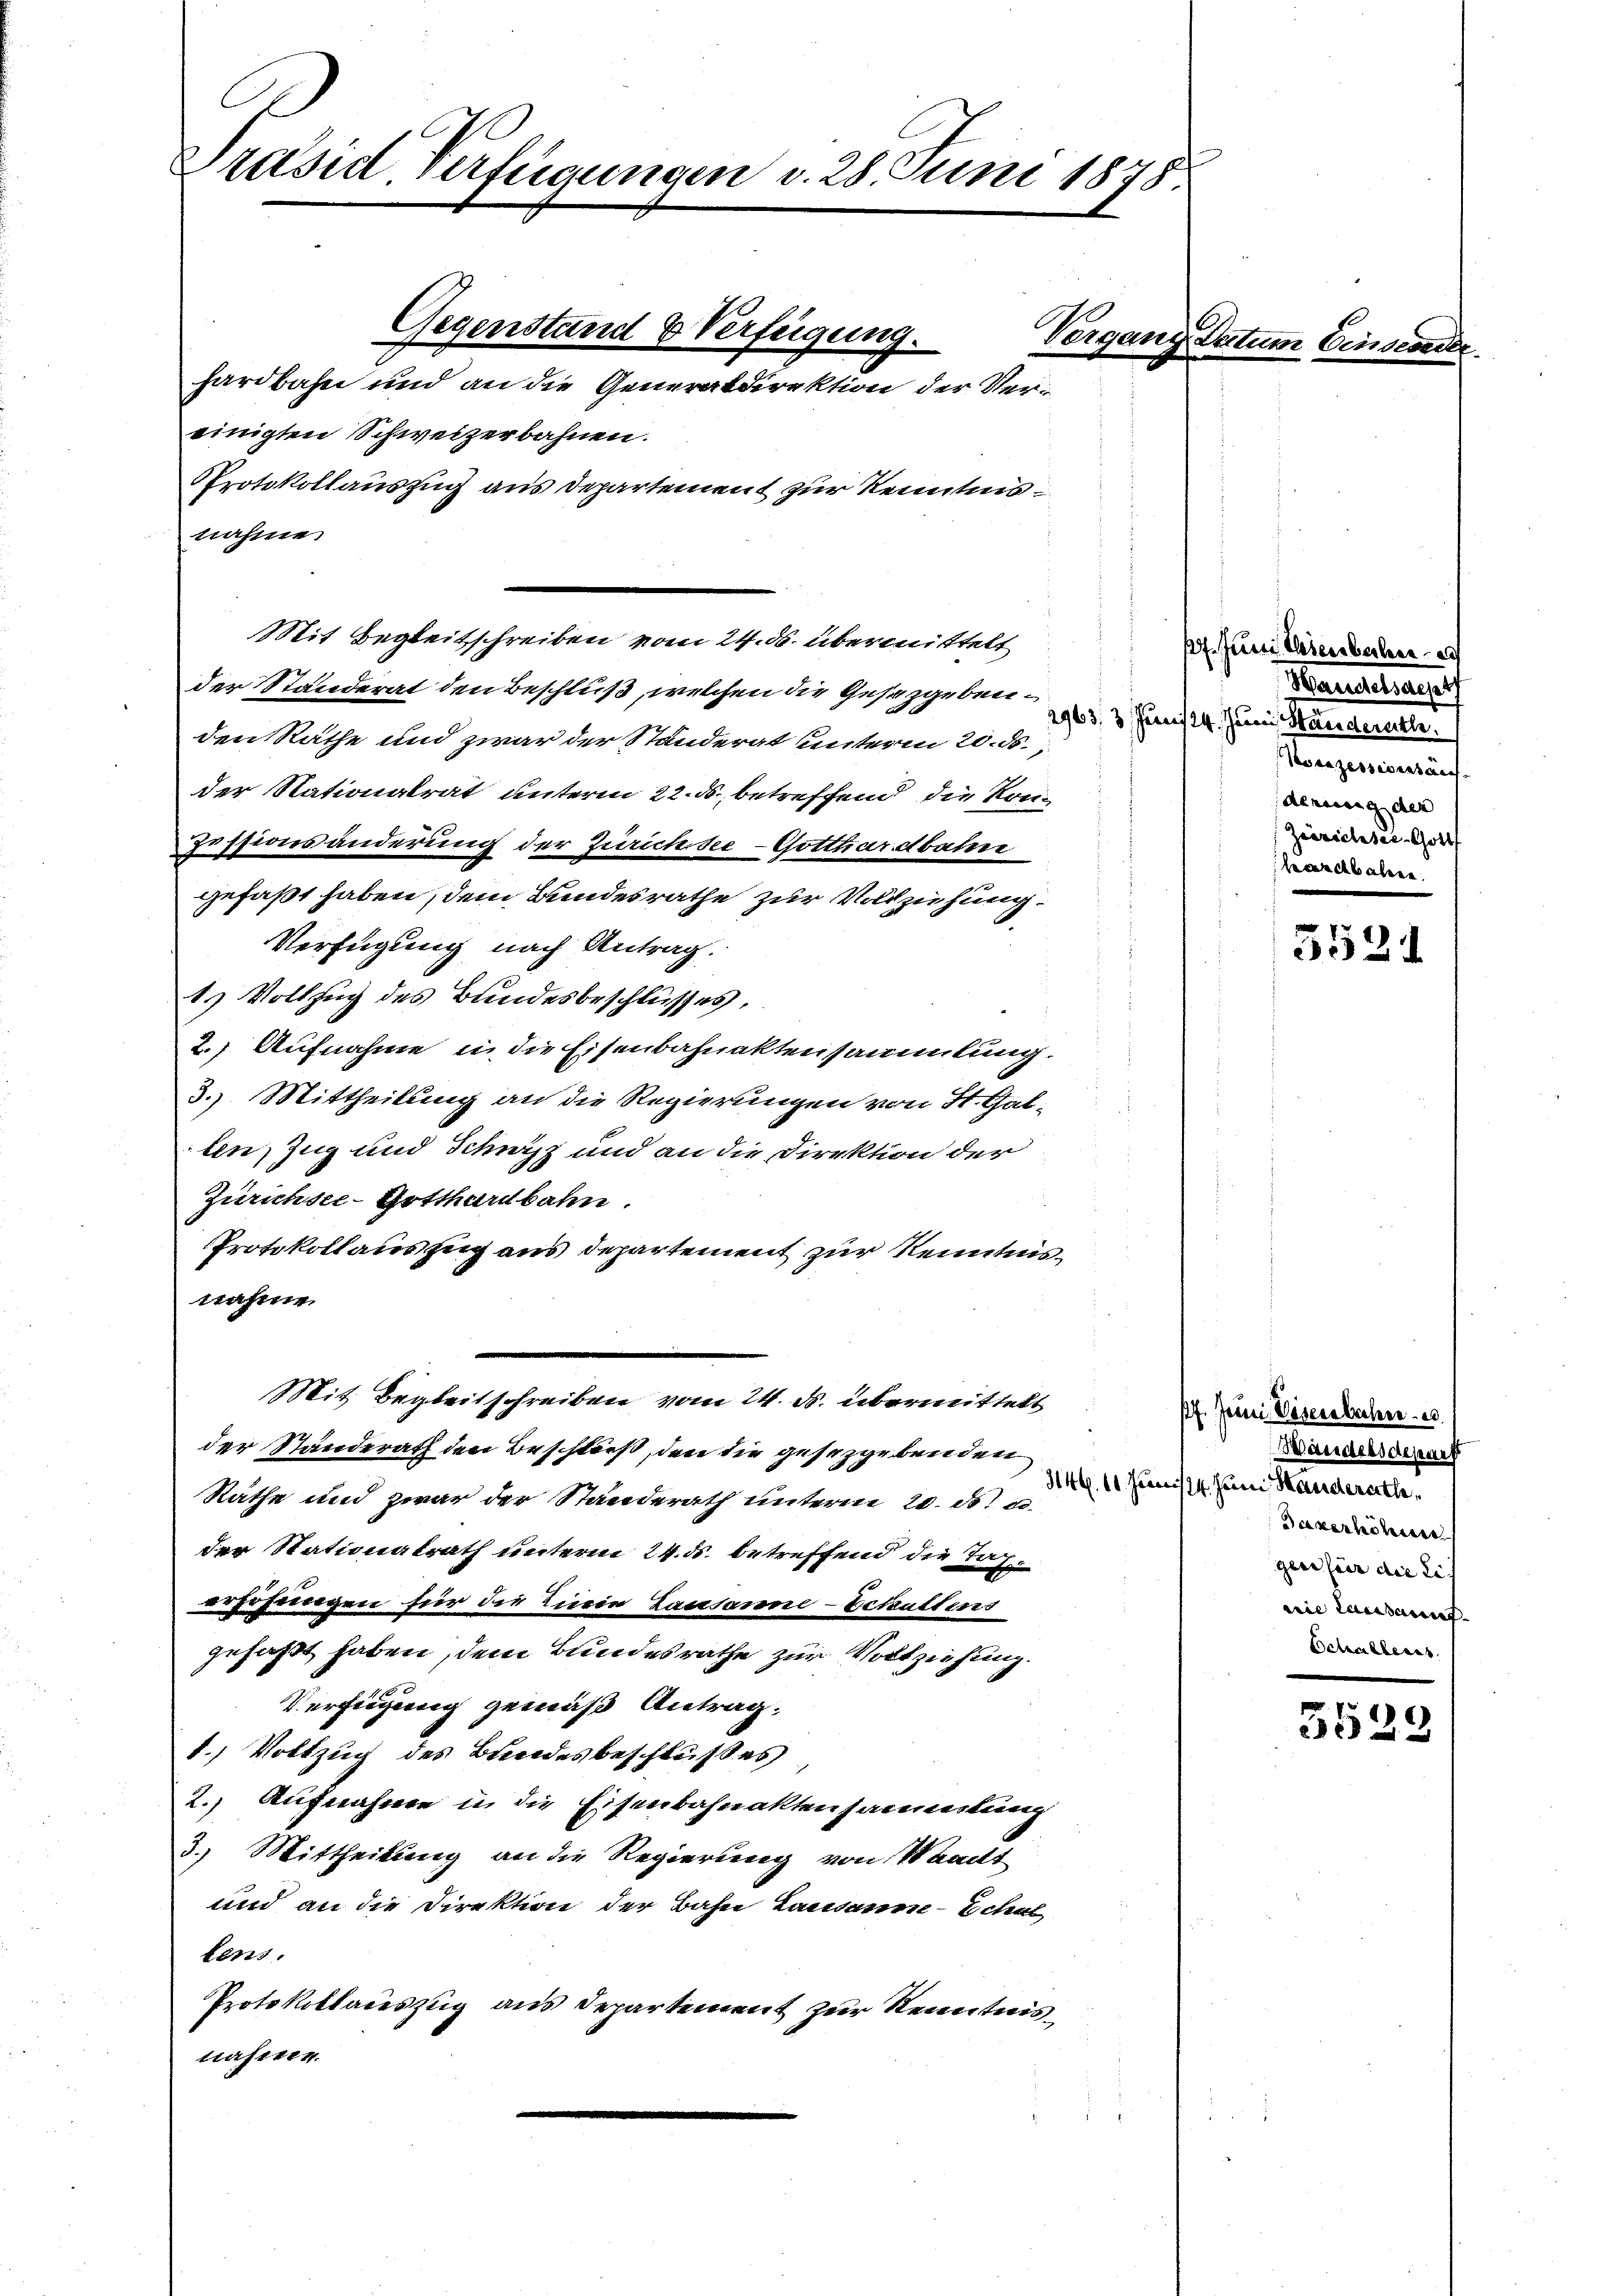
Präsid. Verfügungen d. 28. Juni 1878

einigten Schweizerbahnen.
nahme.
Mit Begleitschreiben vom 24. ds. übermittelt
der Standerat den Beschluß, welchen die Gesetzgebenden Rathe und zwar der Standerat unterm 20. ds.
der Nationalrat unterm 22. ds., betreffend die Krei¬
Tessionsänderung der Zuricusee-Gotthardbaher
gefaßt haben, dem Bundesrathe zur Vollzuhung¬
Verfügung nach Antrag.
1) Vollzug des Bundesbeschlusses,
2.) Aufnahme in die Eisenbahnaktensammlung.
3.) Mittheilung an die Regierungen von St. Gal-
ln, Zug und Schwyz und an die Direktion der
Zürichsee-Gotthardbahn.
Protokollauszug aus Departement zur Kenntnisnahme
Mit Begleitschreiben vom 24. ds. übermittelt
der Ständerath den Beschließ, den die gesetzgebenden
Räthe und zwar der Standerath unterm 20. d. u.
der Stationalrath unterm 24. ds. betreffend die Tag
erfahrengen für die Tieren Lausanne - Echaltens
gefaßt haben, dem Bundesrathe zur Vollziehung.
Verfügung gemäß Antrag.
1.) Vollzug des Bundesbeschlußes
2.) Aufnahme in die Eisenbahnaktensarmertung
3.) Mittheilung an die Regierung von Waadt
und an die Direktion der Bahn Lausanne - Schul
tens
Protokolladeszug aus Departement zur Kenntnistrasiren.

Gegenstand & Verfügung.
Vergang Datum
hardbahn und an die Generaldirektion der Ver¬
Protokollauszug aus Departement zur Kenntnis

17. Juni lesenbahn
Handelsachet
2963. 3. Juni 14. Juni, Mandere
Nocezessiventäus
derung der
Zwörichter Gott
berdebaten.

352.

17. Juni Vöserstechen u.
Wandelsdepart
3146. 11 Junis 14. Juni Handerath
Saxerhöheren
gen für die Lich
nie Lausannt.
Schalleres.

2
3529